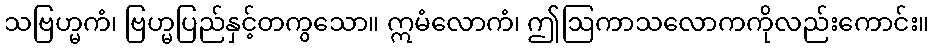
သဗြဟ္မကံ၊ ဗြဟ္မပြည်နှင့်တကွသော။ ဣမံလောကံ၊ ဤဩကာသလောကကိုလည်းကောင်း။